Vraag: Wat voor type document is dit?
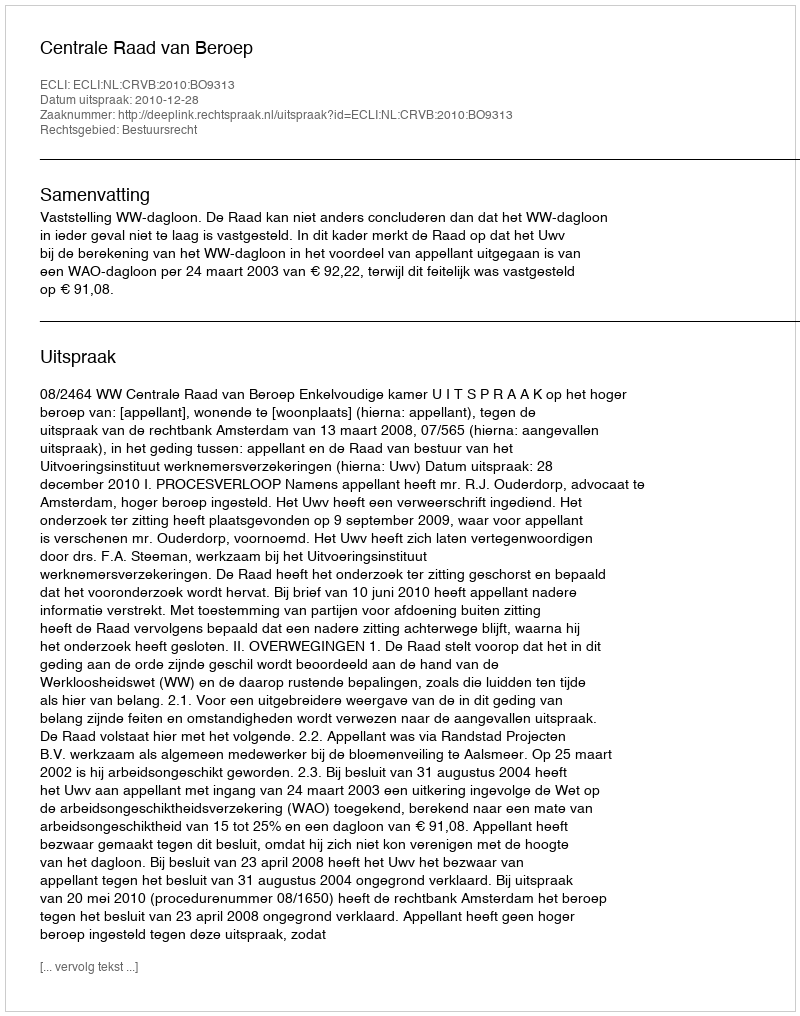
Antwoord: Uitspraak